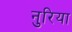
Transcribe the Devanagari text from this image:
नुरिया